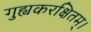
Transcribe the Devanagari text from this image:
गुह्यकरक्षितम्।